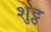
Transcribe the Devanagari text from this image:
शुट्ठ